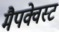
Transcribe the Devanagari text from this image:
मैपक्वेस्ट